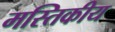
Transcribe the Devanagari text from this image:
मस्तिकीय